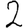
Digit: 2